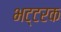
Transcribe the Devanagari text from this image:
भट्टरक